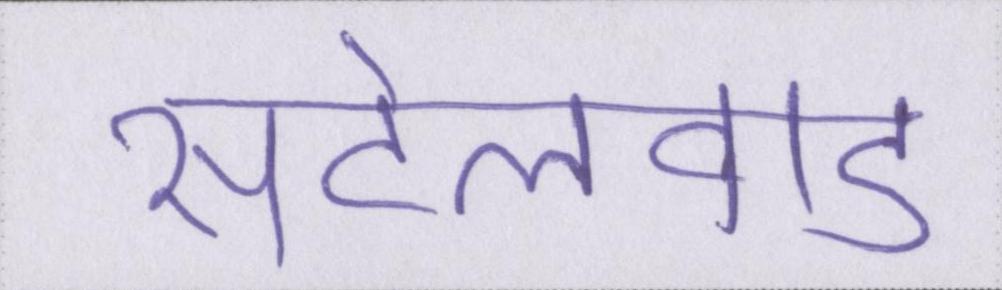
सेटलवाड